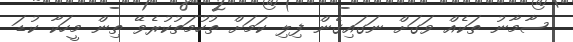
ސާމާނު ތަކެއް ވަގަށް ނަގައިގެން ފިލި ކަމަށް ތުހުމަތުކުރެވޭ ތިން މީހަކާ ކުޑަ